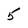
Character: 5